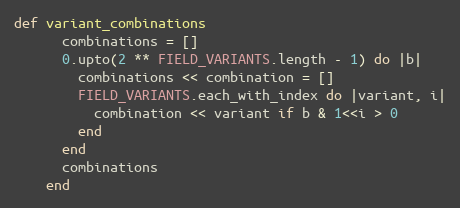
Language: Ruby
def variant_combinations
      combinations = []
      0.upto(2 ** FIELD_VARIANTS.length - 1) do |b|
        combinations << combination = []
        FIELD_VARIANTS.each_with_index do |variant, i|
          combination << variant if b & 1<<i > 0
        end
      end
      combinations
    end